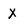
Character: X